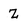
Character: Z